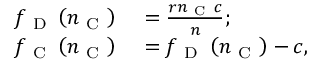
\begin{array} { r l } { f _ { \mathrm { ~ D ~ } } \left( n _ { \mathrm { ~ C ~ } } \right) } & { { } = \frac { r n _ { \mathrm { ~ C ~ } } c } { n } ; } \\ { f _ { \mathrm { ~ C ~ } } \left( n _ { \mathrm { ~ C ~ } } \right) } & { { } = f _ { \mathrm { ~ D ~ } } \left( n _ { \mathrm { ~ C ~ } } \right) - c , } \end{array}